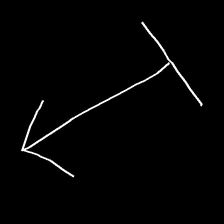
Glyph: levitation